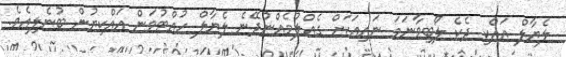
ލެޔާލް އައްކި ދެކެ ލޯބިވާނަމަ ނައިއަކަށް ގެއްލުމެއްނުދޭނެ ލެޔާލް ހުއްޓުވަން އައްކިޔުން ބުނެލިއެވެ.